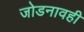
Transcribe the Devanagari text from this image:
जोडनावही